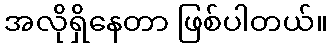
အလိုရှိနေတာ ဖြစ်ပါတယ်။